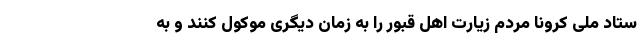
ستاد ملی کرونا مردم زیارت اهل قبور را به زمان دیگری موکول کنند و به